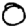
Digit: 0